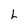
Character: h